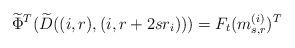
LaTeX: \begin{align*}\widetilde{\Phi}^T(\widetilde{D}((i, r), (i, r+2sr_i)))=F_t(m_{s, r}^{(i)})^T\end{align*}